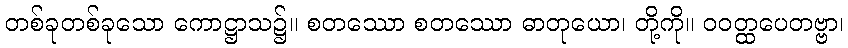
တစ်ခုတစ်ခုသော ကောဋ္ဌာသ၌။ စတဿော စတဿော ဓာတုယော၊ တို့ကို။ ဝဝတ္ထပေတဗ္ဗာ၊